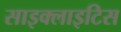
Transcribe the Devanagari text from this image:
साइक्लाइटिस